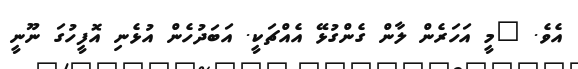
އެވެ. "މީ އަހަރެން ލާން ގެންގުޅޭ އެއްޗަކީ. އަބަދުހެން އުޅެނި އޮފީހުގަ ނޫނީ